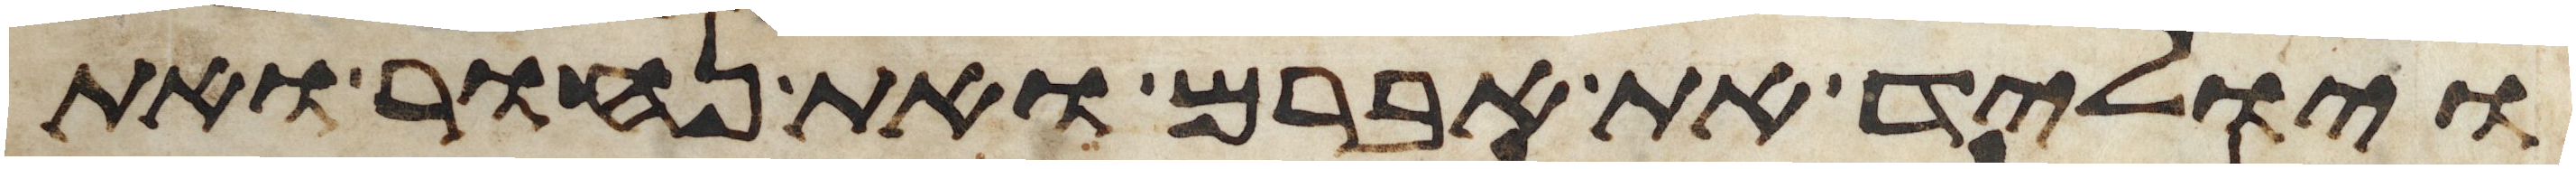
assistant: ויוליד את אברם ואת נחור ואת